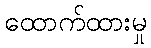
ထောက်ထားမှု